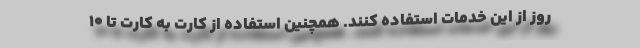
روز از این خدمات استفاده کنند. همچنین استفاده از کارت به کارت تا ۱۰